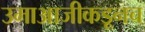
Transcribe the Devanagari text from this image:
उमाआजीकडूनच